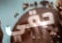
حقي